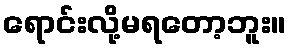
ရောင်းလို့မရတော့ဘူး။